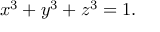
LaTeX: x ^ { 3 } + y ^ { 3 } + z ^ { 3 } = 1 .